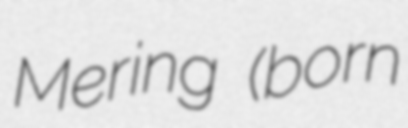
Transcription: Mering (born